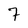
Character: 7